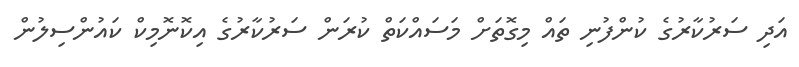
އަދި ސަރުކާރުގެ ކުންފުނި ތައް މިގޮތަށް މަސައްކަތް ކުރަން ސަރުކާރުގެ އިކޮނޮމިކް ކައުންސިލުން